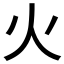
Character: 火